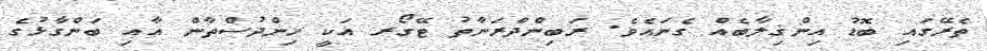
ތެރޭގައި ބޮޑު އިންޤިލާބެއް ގެނައެވެ. ރަބިންދްރަނާތު ޓޭގޯރ އަކީ ހިންދުސްތާން އާއި ބަންގާޅުގެ